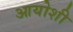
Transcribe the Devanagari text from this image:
आयोशी